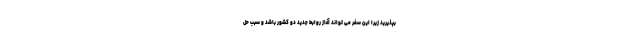
بپذیرید زیرا این سفر می تواند آغاز روابط جدید دو کشور باشد و سبب حل